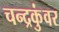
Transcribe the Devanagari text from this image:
चन्द्रकुंवर